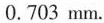
0.703mm.